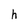
Character: h